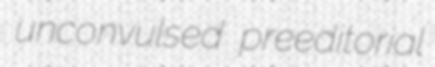
unconvulsed preeditorial